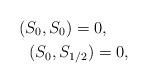
LaTeX: \begin{align*}(S_0, S_0)=0, \ \ \ \ \\ (S_0, S_{1/2})=0,\end{align*}